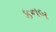
કનબ